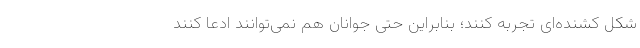
شکل کشنده‌ای تجربه کنند؛ بنابراین حتی جوانان هم نمی‌توانند ادعا کنند